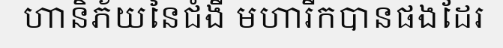
ហានិភ័យនៃជំងឺ មហារីកបានផងដែរ